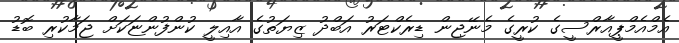
އެމްއެމްޕީއާރްސީގެ ކުރީގެ މެނޭޖިން ޑިރެކްޓަރު އަބްދު ޒިޔަތުގެ އާއިލީ ކުންފުންޏަކަށް ޖަމާކުރި ބޮޑު